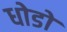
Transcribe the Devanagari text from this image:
धोडो